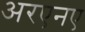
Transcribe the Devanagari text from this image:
अरएनए